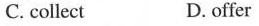
C. collect D.offer